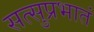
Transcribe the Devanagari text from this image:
सत्सुप्रभातं